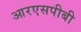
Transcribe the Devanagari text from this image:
आरएसपीबी